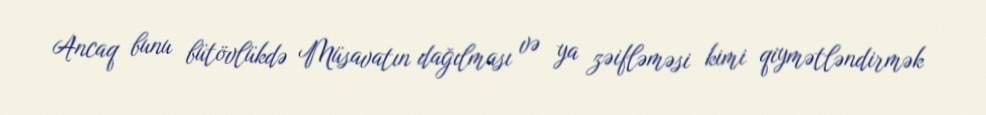
Ancaq bunu bütövlükdə Müsavatın dağılması və ya zəifləməsi kimi qiymətləndirmək